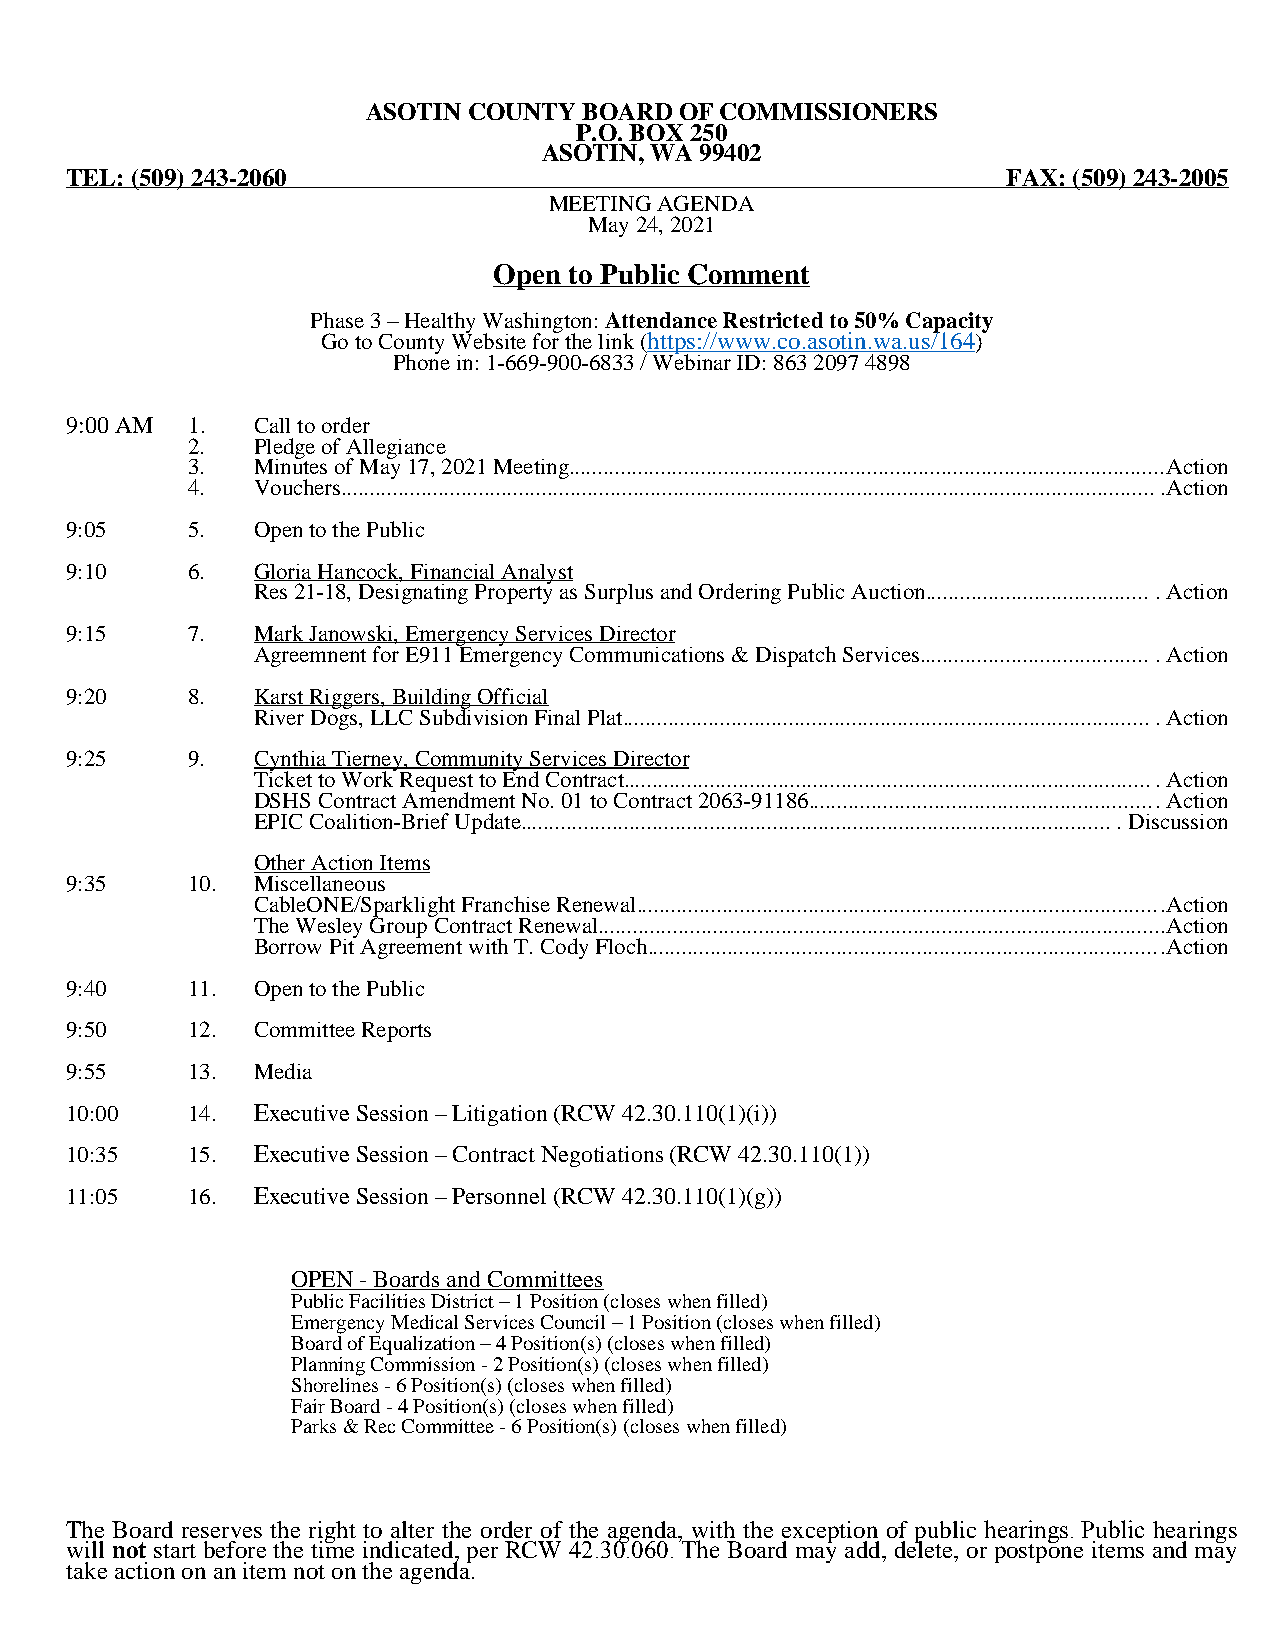
ASOTIN COUNTY  BOARD OF COMMISSIONERS
 P.O. BOX 250
 ASOTIN, WA 99402
 TEL: (509) 243-2060                                            FAX: (509) 243-2005
 MEETING AGENDA
 May 24, 2021
 Open to Public Comment
 Phase 3 – Healthy Washington: Attendance Restricted to 50% Capacity
 Go to County Website for the link (https://www.co.asotin.wa.us/164)
 Phone in: 1-669-900-6833 / Webinar ID: 863 2097 4898
 9:00 AM 1.   Call to order
 2.   Pledge of Allegiance
 3.   Minutes of May 17, 2021 Meeting........................................................................................................Action
 4.   Vouchers...............................................................................................................................................Action
 9:05    5.   Open to the Public
 9:10    6.   Gloria Hancock, Financial Analyst
 Res 21-18, Designating Property as Surplus and Ordering Public Auction........................................ Action
 9:15    7.   Mark Janowski, Emergency Services Director
 Agreemnent for E911 Emergency Communications & Dispatch Services......................................... Action
 9:20    8.   Karst Riggers, Building Official
 River Dogs, LLC Subdivision Final Plat............................................................................................. Action
 9:25    9.   Cynthia Tierney, Community Services Director
 Ticket to Work Request to End Contract............................................................................................. Action
 DSHS Contract Amendment No. 01 to Contract 2063-91186............................................................. Action
 EPIC Coalition-Brief Update........................................................................................................ Discussion
 Other Action Items
 9:35    10.  Miscellaneous
 CableONE/Sparklight Franchise Renewal............................................................................................Action
 The Wesley Group Contract Renewal...................................................................................................Action
 Borrow Pit Agreement with T. Cody Floch..........................................................................................Action
 9:40    11.  Open to the Public
 9:50    12.  Committee Reports
 9:55    13.  Media
 10:00   14.  Executive Session – Litigation (RCW 42.30.110(1)(i))
 10:35   15.  Executive Session – Contract Negotiations (RCW 42.30.110(1))
 11:05   16.  Executive Session – Personnel (RCW 42.30.110(1)(g))
 OPEN - Boards and Committees
 Public Facilities District – 1 Position (closes when filled)
 Emergency Medical Services Council – 1 Position (closes when filled)
 Board of Equalization – 4 Position(s) (closes when filled)
 Planning Commission - 2 Position(s) (closes when filled)
 Shorelines - 6 Position(s) (closes when filled)
 Fair Board - 4 Position(s) (closes when filled)
 Parks & Rec Committee - 6 Position(s) (closes when filled)
 The Board reserves the right to alter the order of the agenda, with the exception of public hearings. Public hearings
 will not start before the time indicated, per RCW 42.30.060. The Board may add, delete, or postpone items and may
 take action on an item not on the agenda.